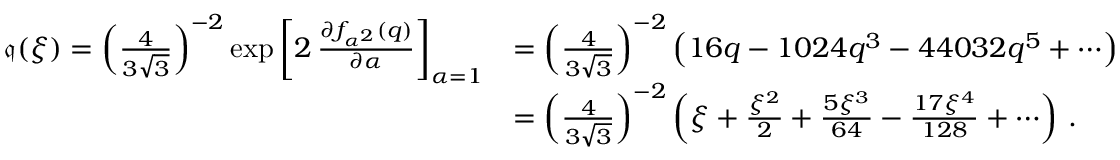
\begin{array} { r l } { \mathfrak { q } ( \xi ) = \left( { \frac { 4 } { 3 \sqrt { 3 } } } \right) ^ { - 2 } \exp \left[ 2 \, { \frac { \partial f _ { \alpha ^ { 2 } } ( q ) } { \partial \alpha } } \right] _ { \alpha = 1 } } & { = \left( { \frac { 4 } { 3 \sqrt { 3 } } } \right) ^ { - 2 } \left( 1 6 q - 1 0 2 4 q ^ { 3 } - 4 4 0 3 2 q ^ { 5 } + \cdots \right) } \\ & { = \left( { \frac { 4 } { 3 \sqrt { 3 } } } \right) ^ { - 2 } \left( \xi + { \frac { \xi ^ { 2 } } { 2 } } + { \frac { 5 \xi ^ { 3 } } { 6 4 } } - { \frac { 1 7 \xi ^ { 4 } } { 1 2 8 } } + \cdots \right) \, . } \end{array}